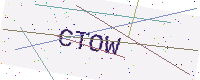
Text: CTOW